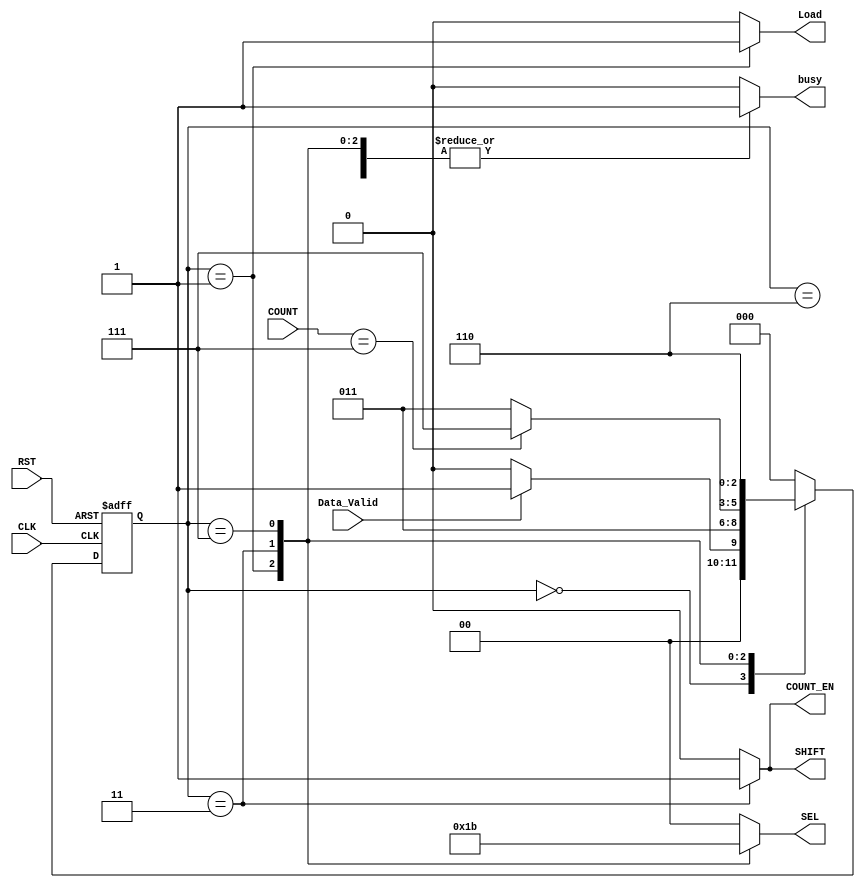
/*************************************************************************/
/****        Author         :   Eslam Hussein                         ****/
/****        Module         :   Control Unit                          ****/
/****        Project Name   :   UART Transmitter                      ****/
/****        Date           :   1 August 2021                         ****/
/****        Version        :   V.01                                  ****/
/*************************************************************************/


/************************ Module Definition  *****************************/ 
module  Control_Unit  

/************************ Module Interface   *****************************/
     (
		 input  wire  [2:0]COUNT ,
         input  wire  CLK ,
		 input  wire  RST ,
		 input  wire  Data_Valid ,
		 output reg   SHIFT,
		 output reg   [1:0]SEL ,
		 output reg   COUNT_EN , 
		 output reg   busy , 		 
		 output reg   Load
     );
	 
/************************  Module Body   *********************************/
/*  States Encoding  */ 
localparam  [2:0] IDLE       = 3'b000 ,
                  START      = 3'b001 ,
                  D_SH       = 3'b011 ,
                  INS_PAR    = 3'b111 ,
                  STOP       = 3'b110 ;
reg         [2:0] Current_State , Next_State ;

/* Next State Transition */ 
always @(posedge CLK or negedge RST)
     begin
	     if(!RST)
	         begin			 
			     Current_State <= IDLE ; 	
			 end	    
	     else 
		     begin
			     Current_State <= Next_State ; 	
			 end 			 
	 end
/* Next State Logic */ 	 
always @(*)
     begin
	     case(Current_State)
		     IDLE : 
			         begin
					     if (Data_Valid==1'b1)
					         begin
					 	  	     Next_State = START ;			 							 
					         end
					     else 
						     begin
							     Next_State = IDLE ;							 							 
							 end					 
					 end
		     START : 
			         begin
						 Next_State = D_SH ;							 							 	
					 end
		     D_SH : 			         
			         begin
					     if (COUNT ==3'b111)
					         begin
					 	  	     Next_State = INS_PAR ;			 							 
					         end
					     else 
						     begin
							     Next_State = D_SH ;							 							 
							 end						 

					 end
		     INS_PAR : 
			         begin
					     Next_State = STOP ;							 					
					 end					 
		     STOP : 
			         begin
						 Next_State = IDLE ;							 							 					 
					 end	
             default :
			 	     begin
						 Next_State = IDLE ;							 							 					 
					 end	
		 endcase
	 end	 
/* Output Logic */
always @(*)
     begin
         SHIFT = 1'b0 ;
         SEL = 2'b00 ;
         COUNT_EN = 1'b0 ;
         busy = 1'b0 ;	 
         Load =  1'b0 ;
	     case(Current_State)
		     IDLE : 
			         begin
					     busy = 1'b0 ;
					     SEL = 2'b00 ;
					 end
		     START : 
			         begin
					     busy = 1'b1 ;	 
                         Load = 1'b1 ;
					 	 SEL  = 2'b01 ;
					 end
		     D_SH : 
			         begin
					     busy = 1'b1 ;	 
                         COUNT_EN = 1'b1 ;
					 	 SEL  = 2'b10 ;					 
                         SHIFT = 1'b1 ;
					 end
		     INS_PAR : 
			         begin
					     busy = 1'b1 ;	 
					 	 SEL  = 2'b11 ; 
					 end					 
		     STOP : 
			         begin
					     busy = 1'b1 ;	 
					 	 SEL  = 2'b00 ; 					 
					 end
             default :
			 	     begin
				         SHIFT = 1'b0 ;
                         SEL = 2'b00 ;
                         COUNT_EN = 1'b0 ;
                         busy = 1'b0 ;	 
                         Load =  1'b0 ;
					 end						 
		 endcase
	 end



/****************************  Module End  ****************************/
endmodule